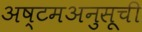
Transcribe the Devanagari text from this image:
अष्टमअनुसूची